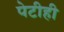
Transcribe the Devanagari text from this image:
पेटीही